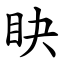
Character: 䀗